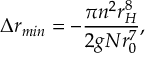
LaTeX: \Delta r _ { m i n } = - \frac { \pi n ^ { 2 } r _ { H } ^ { 8 } } { 2 g N r _ { 0 } ^ { 7 } } ,